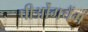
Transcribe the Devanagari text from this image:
पीओंगचैंग